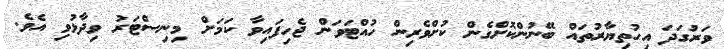
ވަރުގަދަ އިހުތިޔާރުތައް ބޭނުންކޮށްގެން ކުށްވެރިން ހުއްޓަވަން ޖެހިފައިވާ ކަމަށް މިނިސްޓަރު ވިދާޅުވި އެވެ.